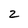
Character: 2